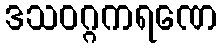
ဒသဝဂ္ဂကရဏေ